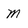
Character: m